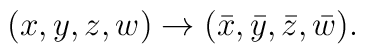
(x,y,z,w) \to (\bar{x},\bar{y},\bar{z},\bar{w}).